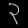
Digit: ၃